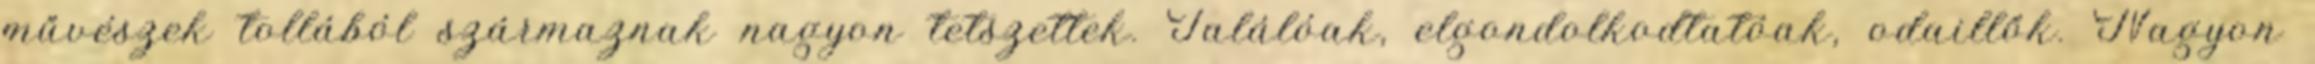
művészek tollából származnak nagyon tetszettek. Találóak, elgondolkodtatóak, odaillők. Nagyon